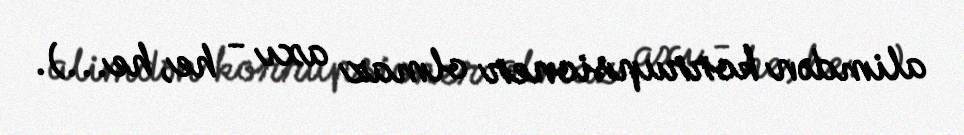
alimdən korrupsioner olmaz axı - he, he...).